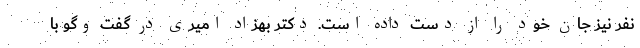
نفر نیز جان خود را از دست داده است. دکتر بهزاد امیری در گفت وگو با